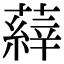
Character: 𮑝